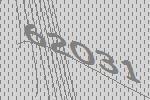
62031